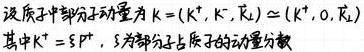
设质子中部分子动量为 \(k=(k^{+},k^{-},k_{\perp})\simeq (k^{+},0,k_{\perp})\)，其中 \(k^{+}=\xi p^{+}\)，\(\xi\)为部分子占质子的动量分数。